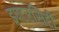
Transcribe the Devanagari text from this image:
इण्टरसिटी